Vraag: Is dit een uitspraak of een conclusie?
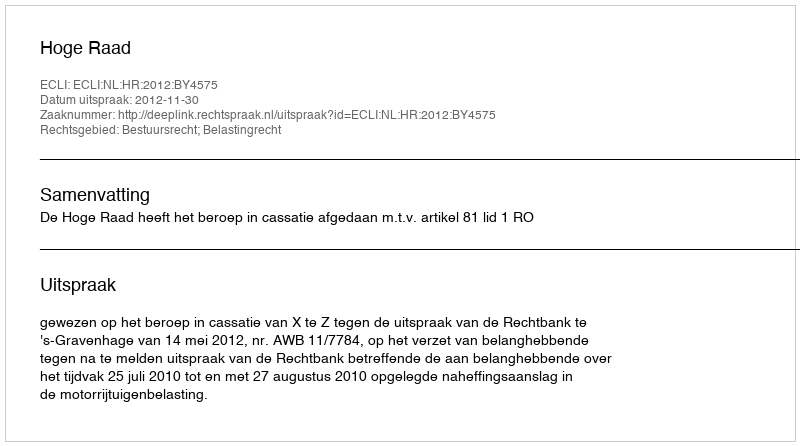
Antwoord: Uitspraak